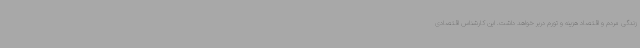
زندگی مردم و اقتصاد هزینه و تورم دربر خواهد داشت. این کارشناس اقتصادی